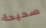
صحيحة